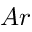
A r